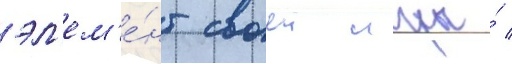
эл'ем'е́нт своеи игры́ /